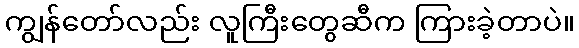
ကျွန်တော်လည်း လူကြီးတွေဆီက ကြားခဲ့တာပဲ။